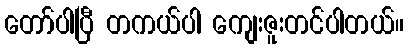
တော်ပါပြီ တကယ်ပါ ကျေးဇူးတင်ပါတယ်။